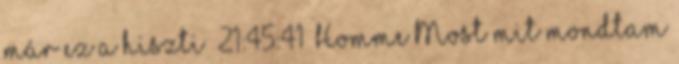
már ez a hiszti 21:45:41 Homme Most mit mondtam